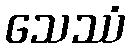
သေဿံ